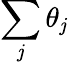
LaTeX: \sum_{\mathit{j}}\theta_{\mathit{j}}